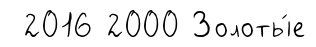
2016 2000 Золоты́е